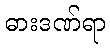
ဓားဒဏ်ရာ